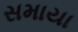
સમાયા